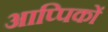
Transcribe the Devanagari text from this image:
आप्पिकों